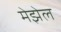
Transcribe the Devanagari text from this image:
मेझेल